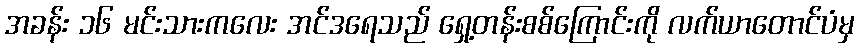
အခန်း ၁၆ မင်းသားကလေး အင်ဒရေသည် ရှေ့တန်းစစ်ကြောင်းကို လက်ယာတောင်ပံမှ